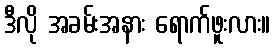
ဒီလို အခမ်းအနား ရောက်ဖူးလား။